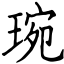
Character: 琬